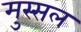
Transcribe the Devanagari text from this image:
मुस्सल